Physiological action of certain drugs in tablet form - Number 52A
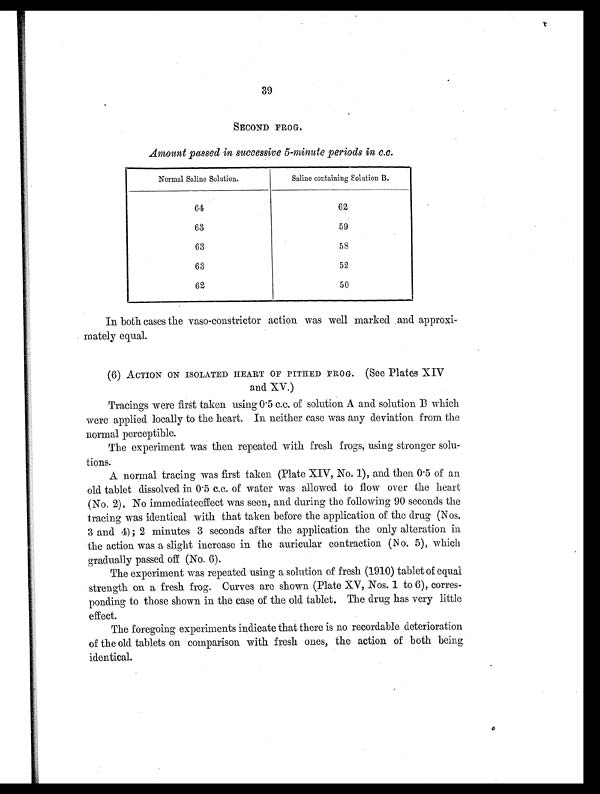
39
SECOND FROG.
Amount passed in successive 5-minute periods in c.c.
Normal Saline Solution.
Saline containing Solution B.
64
62
63
59
63
58
63
52
62
50
In both cases the vaso-constrictor action was well marked and approxi-
mately equal.
(6) ACTION ON ISOLATED HEART OF PITHED FROG. (See Plates XIV
and XV.)
Tracings were first taken using 0.5 c.c. of solution A and solution B which
were applied locally to the heart. In neither case was any deviation from the
normal perceptible.
The experiment was then repeated with fresh frogs, using stronger solu-
tions.
A normal tracing was first taken (Plate XIV, No. 1), and then 0.5 of an
old tablet dissolved in 0.5 c.c. of water was allowed to flow over the heart
(No. 2). No immediateeffect was seen, and during the following 90 seconds the
tracing was identical with that taken before the application of the drug (Nos.
3 and 4); 2 minutes 3 seconds after the application the only alteration in
the action was a slight increase in the auricular contraction (No. 5), which
gradually passed off (No. 6).
The experiment was repeated using a solution of fresh (1910) tablet of equal
strength on a fresh frog. Curves are shown (Plate XV, Nos. 1 to 6), corres-
ponding to those shown in the case of the old tablet. The drug has very little
effect.
The foregoing experiments indicate that there is no recordable deterioration
of the old tablets on comparison with fresh ones, the action of both being,
identical.